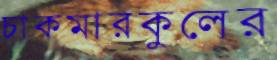
চাকমারকুলের